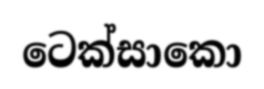
ටෙක්සාකො